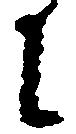
に